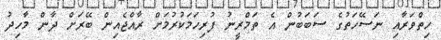
ހިތްވަރާއި ނަސޭހަތުގެ ސަބަބުން އެ ތަމްރީނު ފުރިހަމަކުރުމަށް ރާއްޖެއިން ބޭރަށް ދާން މާހިދު